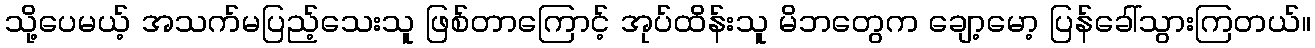
သို့ပေမယ့် အသက်မပြည့်သေးသူ ဖြစ်တာကြောင့် အုပ်ထိန်းသူ မိဘတွေက ချော့မော့ ပြန်ခေါ်သွားကြတယ်။